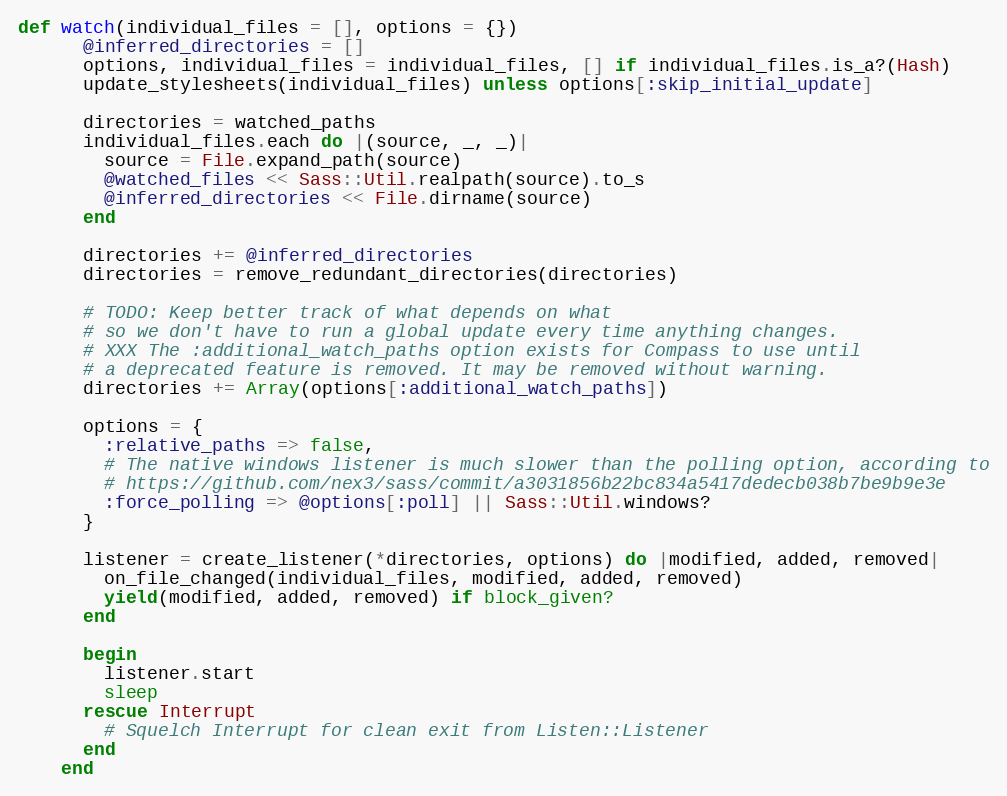
Language: Ruby
def watch(individual_files = [], options = {})
      @inferred_directories = []
      options, individual_files = individual_files, [] if individual_files.is_a?(Hash)
      update_stylesheets(individual_files) unless options[:skip_initial_update]

      directories = watched_paths
      individual_files.each do |(source, _, _)|
        source = File.expand_path(source)
        @watched_files << Sass::Util.realpath(source).to_s
        @inferred_directories << File.dirname(source)
      end

      directories += @inferred_directories
      directories = remove_redundant_directories(directories)

      # TODO: Keep better track of what depends on what
      # so we don't have to run a global update every time anything changes.
      # XXX The :additional_watch_paths option exists for Compass to use until
      # a deprecated feature is removed. It may be removed without warning.
      directories += Array(options[:additional_watch_paths])

      options = {
        :relative_paths => false,
        # The native windows listener is much slower than the polling option, according to
        # https://github.com/nex3/sass/commit/a3031856b22bc834a5417dedecb038b7be9b9e3e
        :force_polling => @options[:poll] || Sass::Util.windows?
      }

      listener = create_listener(*directories, options) do |modified, added, removed|
        on_file_changed(individual_files, modified, added, removed)
        yield(modified, added, removed) if block_given?
      end

      begin
        listener.start
        sleep
      rescue Interrupt
        # Squelch Interrupt for clean exit from Listen::Listener
      end
    end